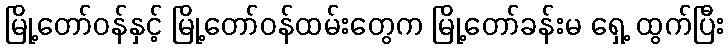
မြို့တော်ဝန်နှင့် မြို့တော်ဝန်ထမ်းတွေက မြို့တော်ခန်းမ ရှေ့ ထွက်ပြီး